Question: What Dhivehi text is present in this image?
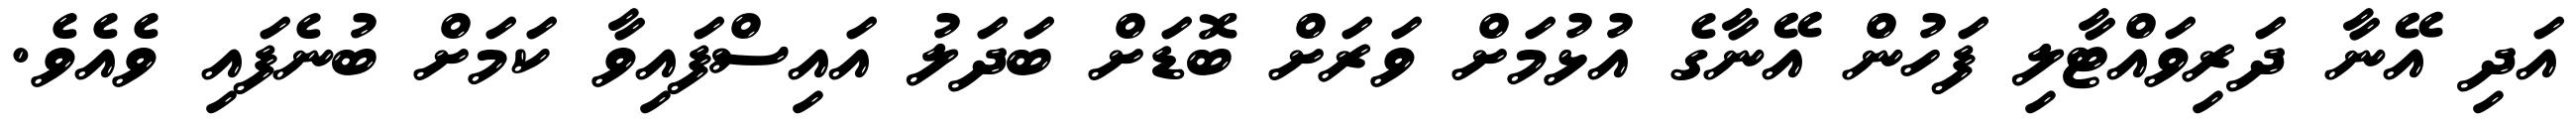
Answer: އަދި އޭނާ ދަރިވައްޓާލި ފަހުން އޭނާގެ އުޅުމަށް ވަރަށް ބޮޑަށް ބަދަލު އައިސްފައިވާ ކަމަށް ބުނެފައި ވެއެވެ.